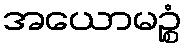
အယောမဉ္စံ